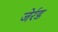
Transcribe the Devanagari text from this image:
जेर्रड